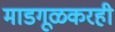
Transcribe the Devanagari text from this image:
माडगूळकरही